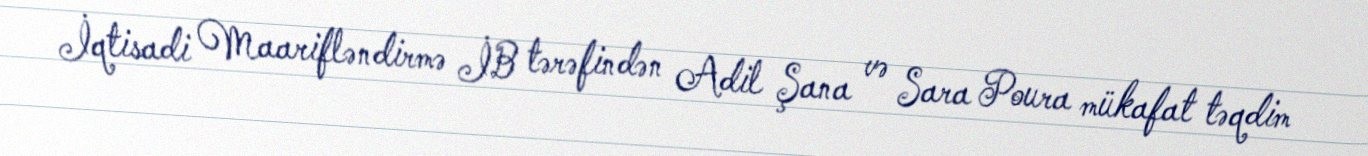
İqtisadi Maarifləndirmə İB tərəfindən Adil Şana və Sara Poura mükafat təqdim